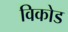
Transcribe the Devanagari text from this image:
विकोड